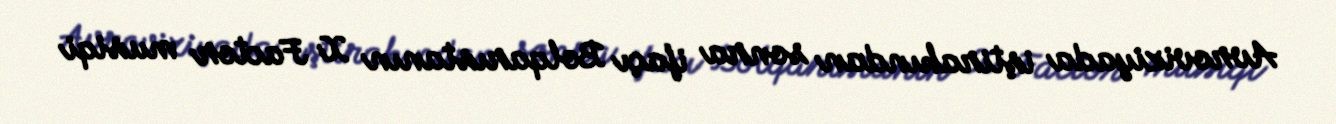
Avroviziyada iştirakından sonra ifaçı Bolqarıstanın X Factor musiqi